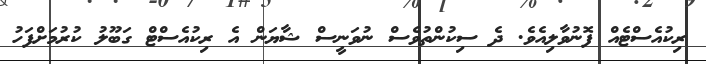
ރިކުއެސްޓެއް ފޮނުވާލިއެވެ. ދެ ސިކުންތުވެސް ނުވަނީސް ޝާޔަން އެ ރިކުއެސްޓް ގަބޫލު ކުރުމަށްފަހު